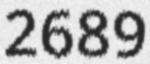
2689